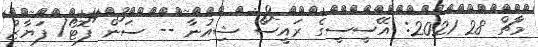
މާޗް 28 2021: އޭސީސީގެ ރައީސް ޝިއުނާ -- ސަން ފޮޓޯ/ ފަޔާޒު